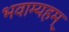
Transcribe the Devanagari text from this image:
भवाम्यहम्